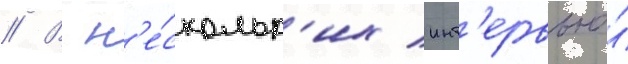
// В н'е́скольк'их инт'ервью́